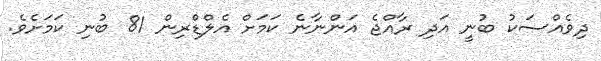
ދިވެއްސަކު ބުނީ އަދި ރާއްޖެ އަންނާނެ ކަމަށް އެލްޑްރިން 81 ބުނި ކަމަށެވެ.